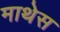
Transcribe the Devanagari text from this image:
माथेस